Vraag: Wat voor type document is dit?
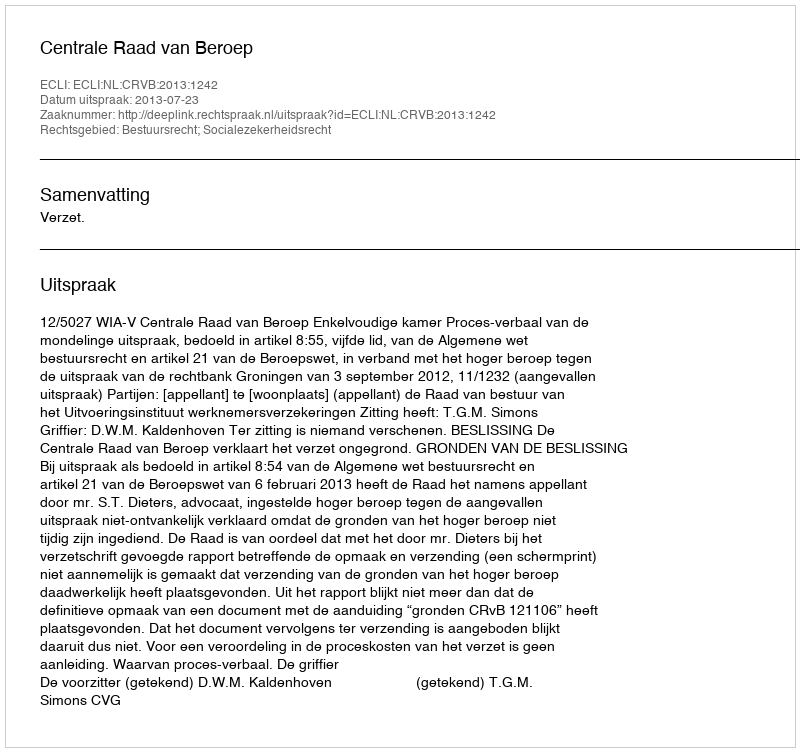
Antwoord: Uitspraak